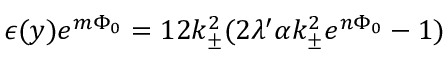
\epsilon ( y ) e ^ { m \Phi _ { 0 } } = 1 2 k _ { \pm } ^ { 2 } ( 2 \lambda ^ { \prime } \alpha k _ { \pm } ^ { 2 } e ^ { n \Phi _ { 0 } } - 1 )